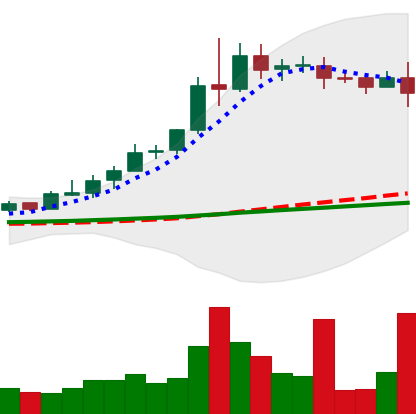
Ticker: XRP-USD
Chart end date: 2020-08-11
Forward return: 6.695%
Label: up_5_7